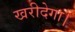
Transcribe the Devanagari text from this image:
खरीदेगा।